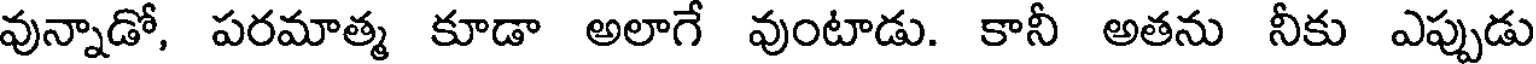
వున్నాడో, పరమాత్మ కూడా అలాగే వుంటాడు. కానీ అతను నీకు ఎప్పుడు